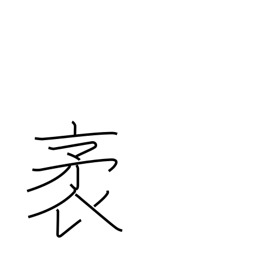
Meaning: length